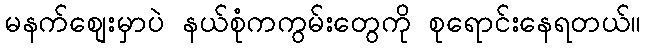
မနက်စျေးမှာပဲ နယ်စုံကကွမ်းတွေကို စုရောင်းနေရတယ်။